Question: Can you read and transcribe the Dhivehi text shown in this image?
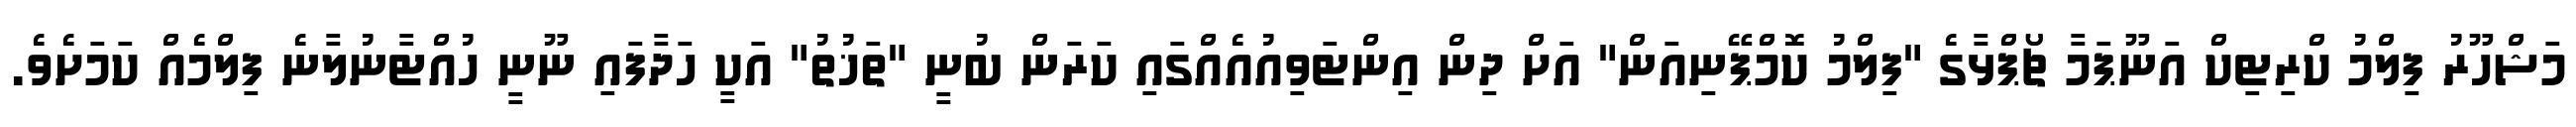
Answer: މަޝްހޫރު ފިލްމު ކްރިޓިކް އަނޫޕަމާ ޗޯޕްޅާގެ "ފިލްމު ކޮމްޕޭނިއަން" އަށް ދިން އިންޓަވިއުއެއްގައި ކަރަން ބުނީ "ތަޚުތު" އަކީ ހަދާފައި ނޫނީ ހުއްޓާނުލާނެ ފިލްމެއް ކަމަށެވެ.